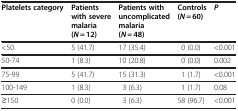
| Platelets category | Patients with severe malaria (N = 12) | Patients with uncomplicated malaria (N = 48) | Controls (N = 60) | P |
 | --- | --- | --- | --- | --- |
 | <50 | 5 (41.7) | 17 (35.4) | 0 (0.0) | <0.001 |
 | 50-74 | 1 (8.3) | 10 (20.8) | 0 (0.0) | 0.002 |
 | 75-99 | 5 (41.7) | 15 (31.3) | 1 (1.7) | <0.001 |
 | 100-149 | 1 (8.3) | 3 (6.3) | 1 (1.7) | 0.08 |
 | ≥150 | 0 (0.0) | 3 (6.3) | 58 (96.7) | <0.001 |